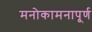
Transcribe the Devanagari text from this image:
मनोकामनापूर्ण